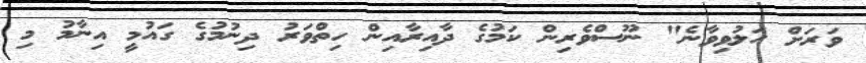
ވަރަށް ހަލުވިވާނެ" ނޫސްވެރިން ކަމުގެ ދާއިރާއިން ހިތްވަރު ދިނުމުގެ ގައުމީ އިނާމު މި